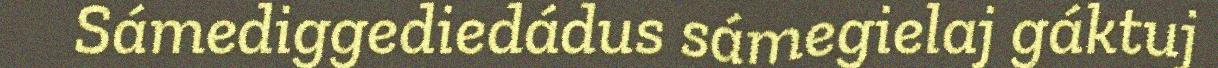
Sámediggediedádus sámegielaj gáktuj